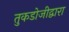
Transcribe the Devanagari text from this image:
तुकडोजीद्वारा